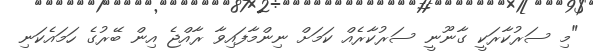
"މި ސަރުކާރަކީ ގާނޫނީ ސަރުކާރެއް ކަމަށް ނިންމާފައިވާ ރާއްޖެ އިން ބޭރުގެ ހަމައެކަނި